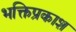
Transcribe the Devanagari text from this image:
भक्तिप्रकाश